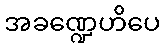
အခဏ္ဍေဟိပေ